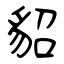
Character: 貂